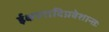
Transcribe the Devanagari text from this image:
ईक्षणादिप्रवेशान्तः